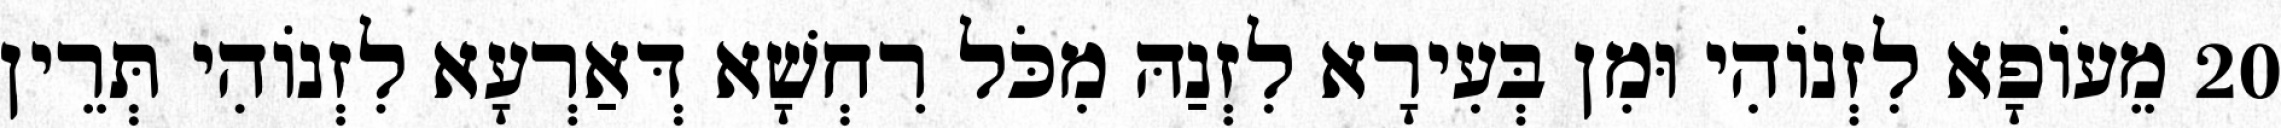
20 מֵעוֹפָא לִזְנוֹהִי וּמִן בְּעִירָא לִזְנַהּ מִכֹּל רִחְשָׁא דְּאַרְעָא לִזְנוֹהִי תְּרֵין